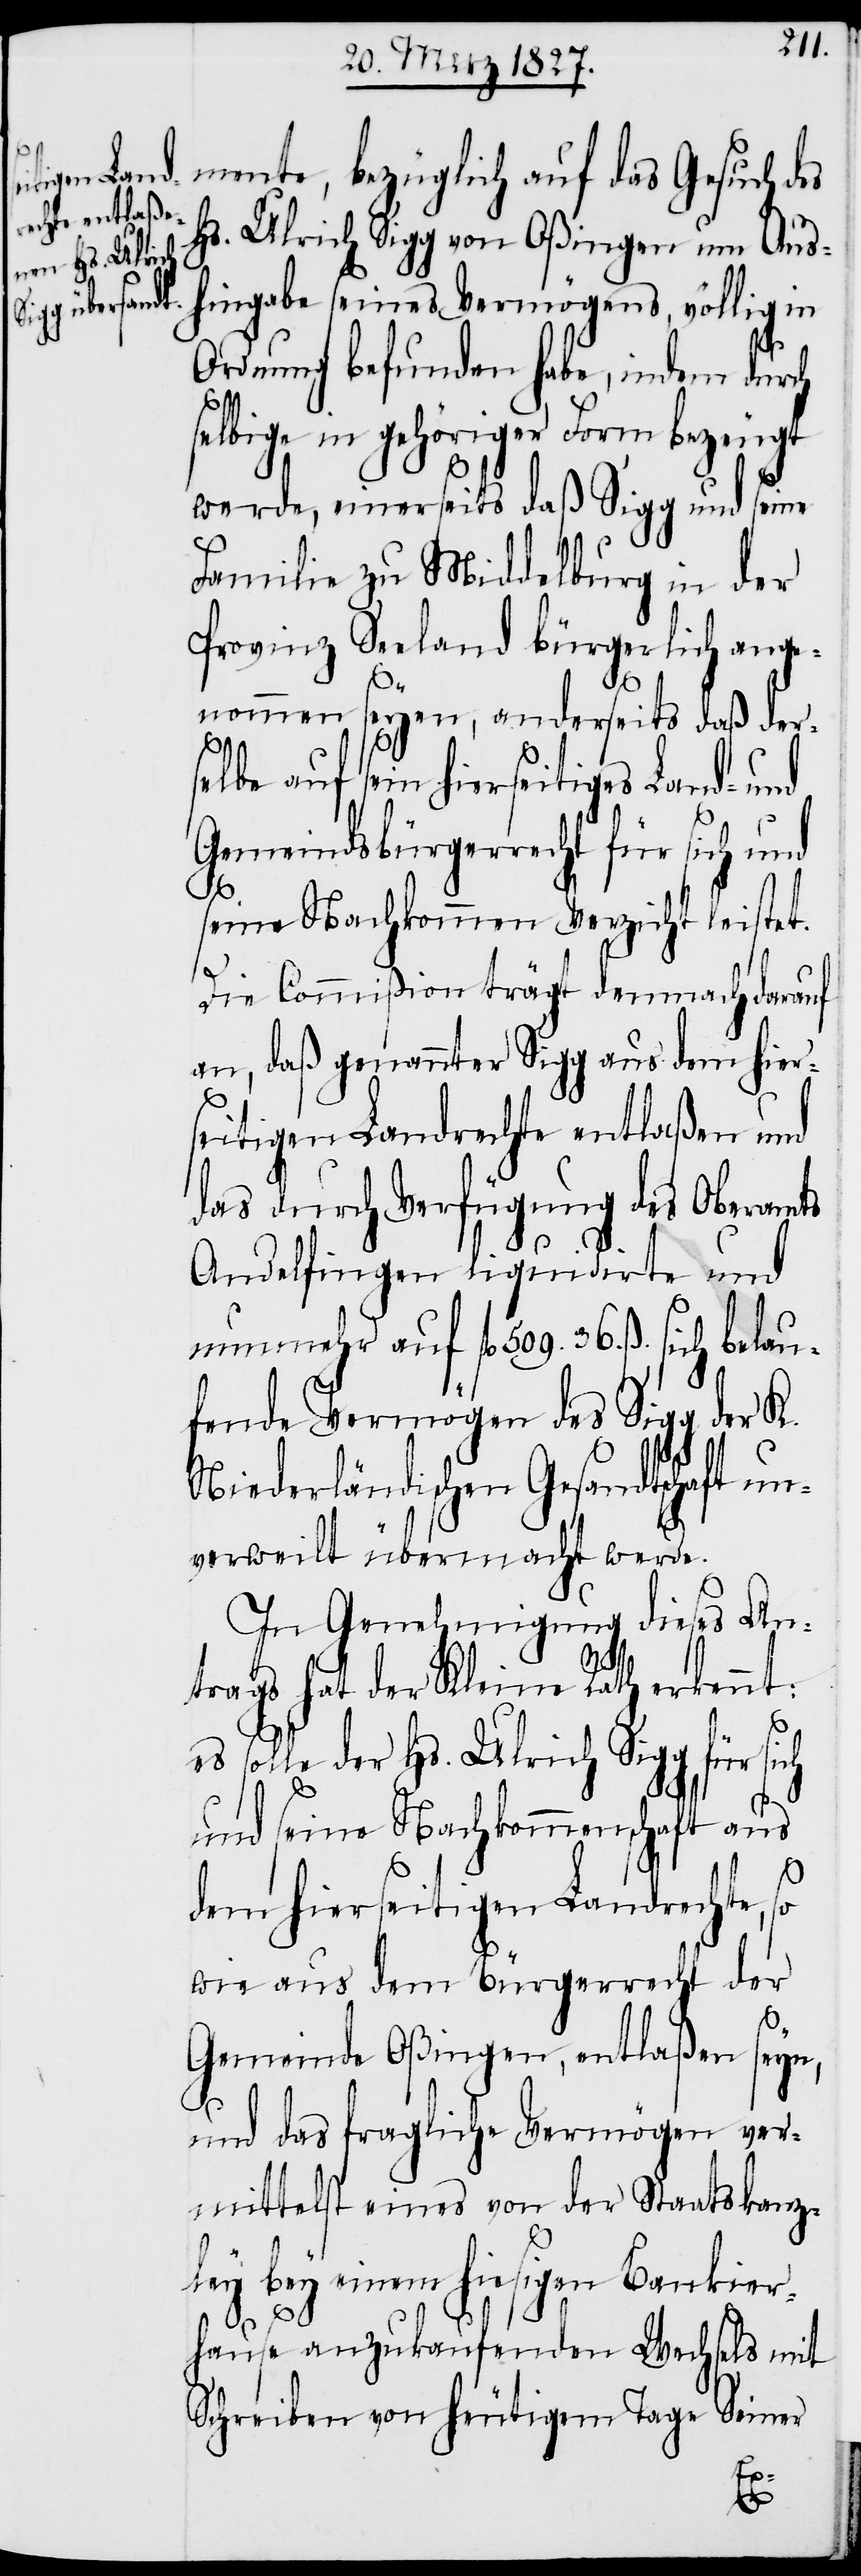
mente, bezüglich auf das Gesuch des
Hs. Ulrich Sigg von Oßingen um Aush¬
ingabe seines Vermögens, völlig in
Ordnung befunden habe, indem durch
selbige in gehöriger Form bezeugt
werde, einerseits daß Sigg und seine
Familie zu Middelburg in der
Provinz Seeland bürgerlich ange¬
nommen seyen, anderseits daß der¬
selbe auf sein hierseitiges Land- und
Gemeindsbürgerrecht für sich und
seine Nachkommen Verzicht leistet.
Die Commißion trägt demnach darauf
an, daß genannter Sigg aus dem hiers¬
eitigen Landrechte entlaßen und
das durch Verfügung des Oberamts
Andelfingen liquidirte und
nunmehr auf fl. 509. 36. ß. sich belau¬
fende Vermögen des Sigg der K.
Niederländischen Gesandtschaft un¬
verweilt übermacht werde.
In Genehmigung dieses An¬
trags hat der Kleine Rath erkennt:
es solle der Hs. Ulrich Sigg für sich
und seine Nachkommenschaft aus
dem hierseitigen Landrechte, so
wie aus dem Bürgerrecht der
Gemeinde Oßingen, entlaßen seyn,
und das fragliche Vermögen ver¬
mittelst eines von der Staatskanz¬
ley bey einem hiesigen Bankier¬
hause anzukaufenden Wechsels mit
Schreiben von heutigem Tage Seiner